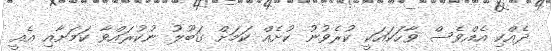
ދެއްކި އެއްވެސް ވާހަކައަކީ ކުރެވުނު ކުށެއް ކަމަށް ގަބޫލު ނުކުރައްވާ ކަމަށާއި އެއީ